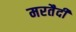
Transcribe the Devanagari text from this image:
मरतैदी